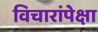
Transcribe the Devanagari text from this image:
विचारांपेक्षा